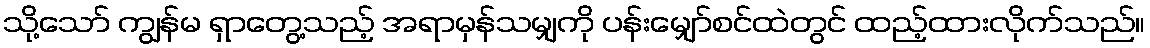
သို့သော် ကျွန်မ ရှာတွေ့သည့် အရာမှန်သမျှကို ပန်းမျှော်စင်ထဲတွင် ထည့်ထားလိုက်သည်။